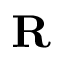
\mathbf { R }